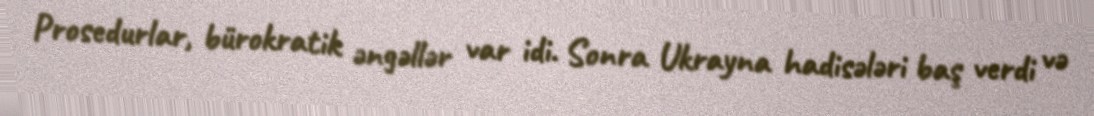
Prosedurlar, bürokratik əngəllər var idi. Sonra Ukrayna hadisələri baş verdi və